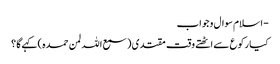
- اسلام سوال و جواب
کیا رکوع سے اٹھتے وقت مقتدی ( سمع اللہ لمن حمدہ ) کہےگا ؟